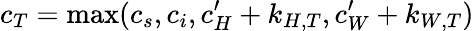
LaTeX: c_{T}=\operatorname*{max}(c_{s},c_{i},c_{H}^{\prime}+k_{H,T},c_{W}^{\prime}+k_{W,T})